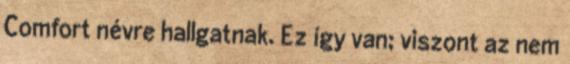
Comfort névre hallgatnak. Ez így van; viszont az nem